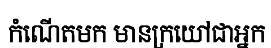
កំណើតមក មានក្រយៅជាអ្នក